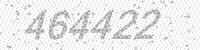
Solution: 464422